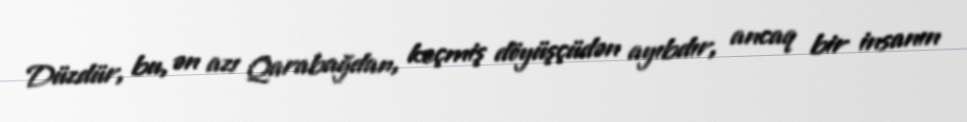
Düzdür, bu, ən azı Qarabağdan, keçmiş döyüşçüdən ayıbdır, ancaq bir insanın